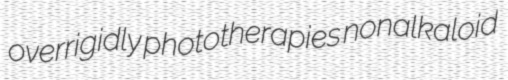
overrigidly phototherapies nonalkaloid